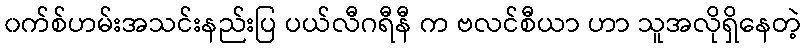
၀က်စ်ဟမ်းအသင်းနည်းပြ ပယ်လီဂရီနီ က ဗလင်စီယာ ဟာ သူအလိုရှိနေတဲ့